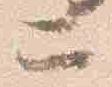
二